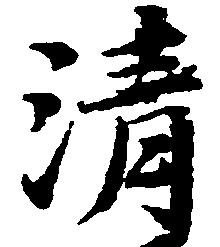
清